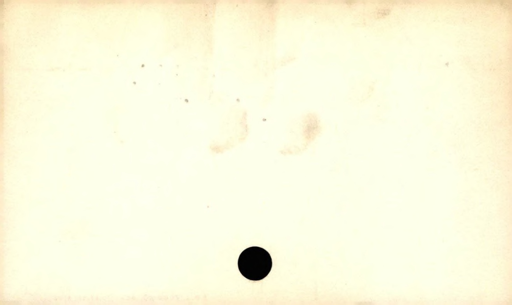
Label: blank